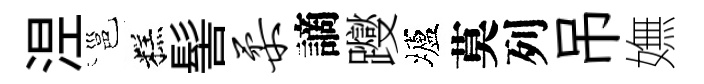
𣵀邕糕髻柔謫躞壚莫列吊嫵